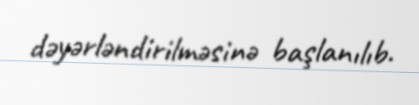
dəyərləndirilməsinə başlanılıb.